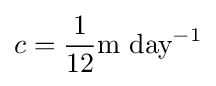
c={\frac {1}{12}}{\text{m day}}^{-1}